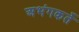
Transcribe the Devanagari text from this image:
अभंगकर्ते